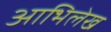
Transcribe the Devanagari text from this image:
आभिलेख